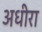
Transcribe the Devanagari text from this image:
अधीरा